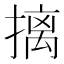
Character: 摛